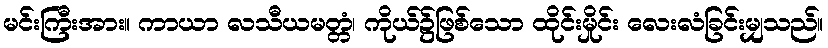
မင်းကြီးအား။ ကာယာ လသီယမတ္တံ၊ ကိုယ်၌ဖြစ်သော ထိုင်းမှိုင်း လေးလံခြင်းမျှသည်။